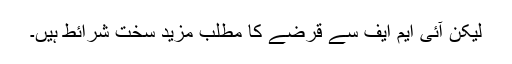
لیکن آئی ایم ایف سے قرضے کا مطلب مزید سخت شرائط ہیں۔